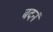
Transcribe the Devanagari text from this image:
बदनं